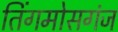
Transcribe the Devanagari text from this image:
तिंगमोसगंज